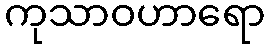
ကုသာဝဟာရော